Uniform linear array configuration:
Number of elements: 64
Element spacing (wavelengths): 0.75
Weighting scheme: exponential
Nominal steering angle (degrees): -15
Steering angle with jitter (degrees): -13.449
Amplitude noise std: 0.05
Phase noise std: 0.05

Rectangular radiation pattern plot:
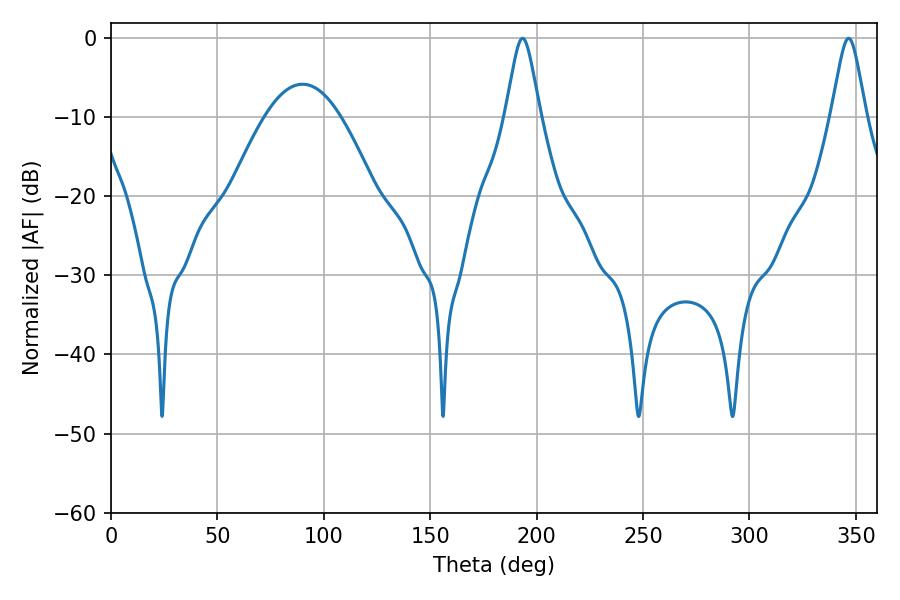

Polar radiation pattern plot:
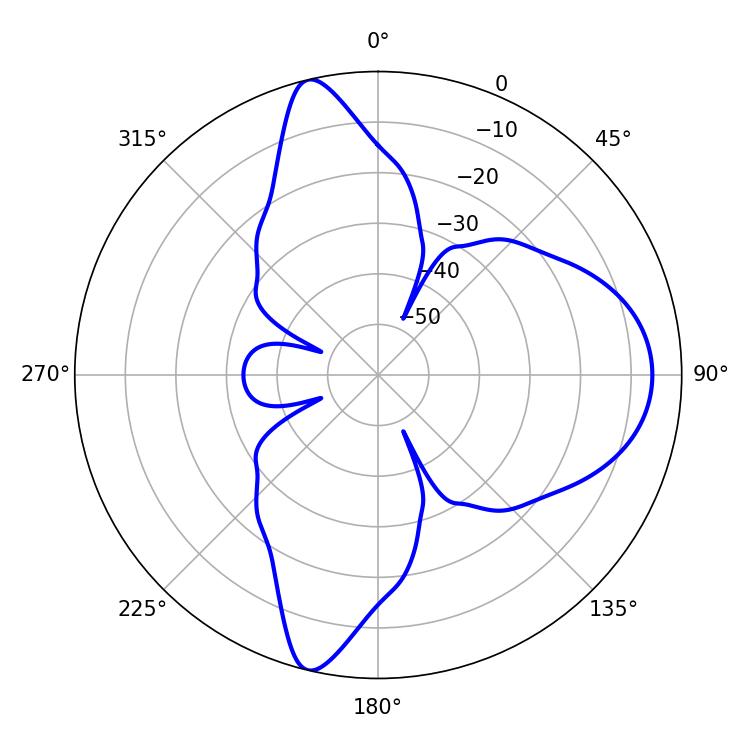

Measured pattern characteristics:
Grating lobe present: TRUE
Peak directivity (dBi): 14.486
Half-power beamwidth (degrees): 7.74
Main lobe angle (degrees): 193.32